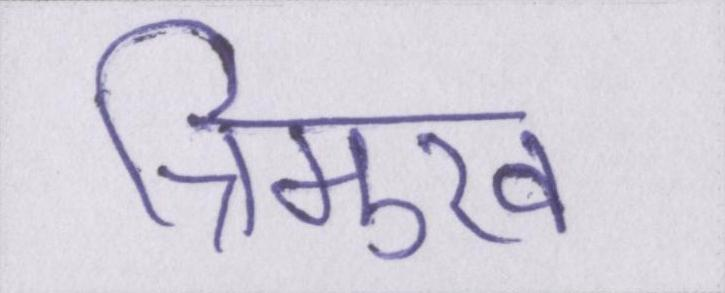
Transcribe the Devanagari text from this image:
त्रिमुख